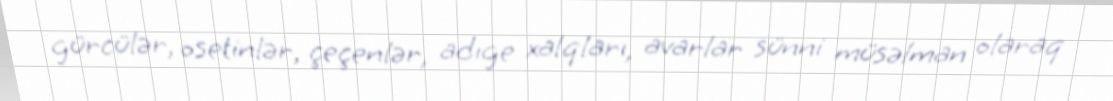
gürcülər, osetinlər, çeçenlər, adıge xalqları, avarlar sünni müsəlman olaraq